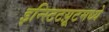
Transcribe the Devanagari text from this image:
इन्स्टिटय़ूटमध्ये